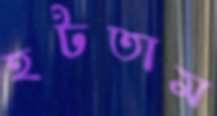
হটতাম